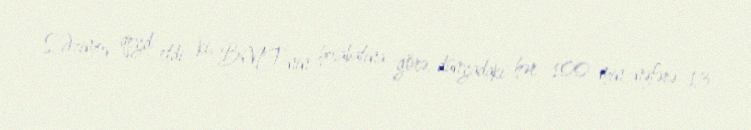
S.Əzimov qeyd etdi ki, BMT-nin hesabatına görə, dünyadakı hər 100 min nəfərə 13